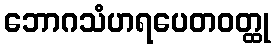
ဘောဂသံဟရပေတဝတ္ထု